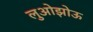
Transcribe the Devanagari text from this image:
लुओझोऊ